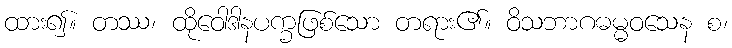
ထား၍။ တဿ၊ ထိုဝေါဒါနပက္ခဖြစ်သော တရား၏။ ဝိသဘာဂဓမ္မဝသေန စ၊